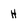
Character: H